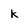
Character: k